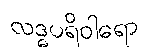
လဒ္ဓပရိဝါရော